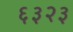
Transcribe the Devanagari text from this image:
६३२३